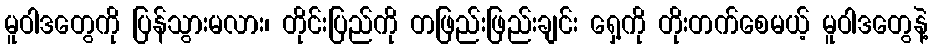
မူဝါဒတွေကို ပြန်သွားမလား၊ တိုင်းပြည်ကို တဖြည်းဖြည်းချင်း ရှေ့ကို တိုးတက်စေမယ့် မူဝါဒတွေနဲ့